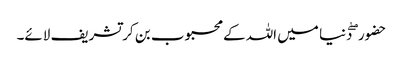
حضور ۖ دنیا میں اللہ کے محبوب بن کر تشریف لائے۔